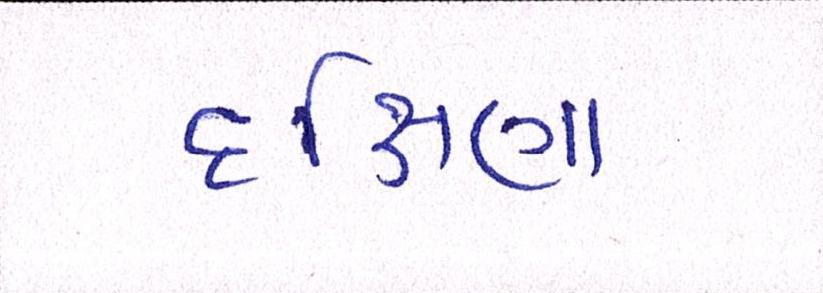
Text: દક્ષિણા